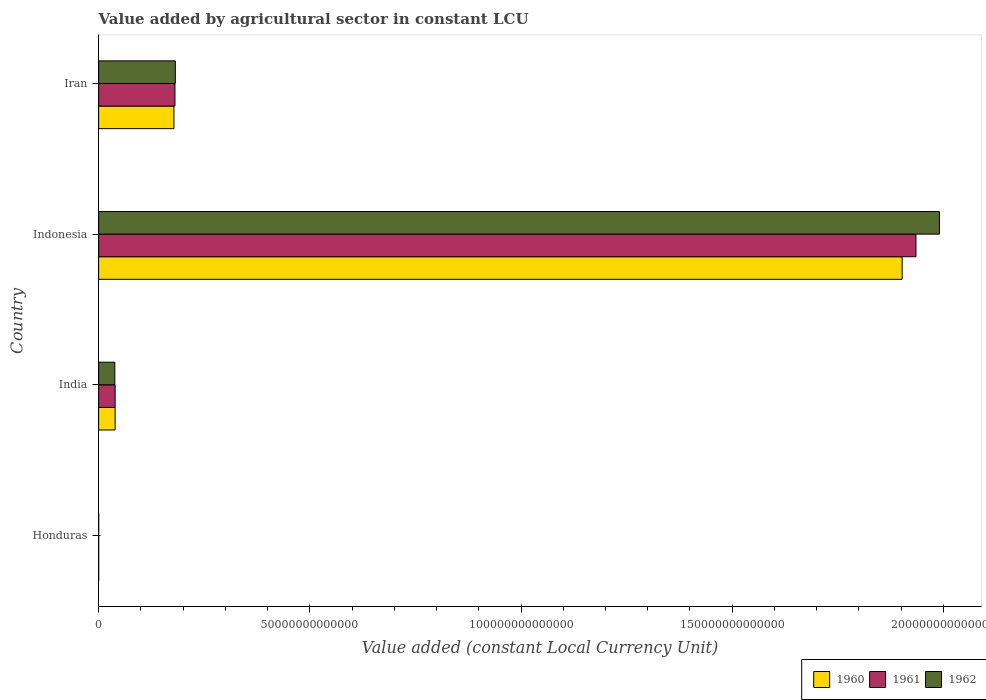
| Country | 1960 | 1961 | 1962 |
 | --- | --- | --- | --- |
 | Honduras | 4.44e+09 | 4.73e+09 | 4.96e+09 |
 | India | 3.9e+12 | 3.91e+12 | 3.83e+12 |
 | Indonesia | 1.9e+14 | 1.94e+14 | 1.99e+14 |
 | Iran | 1.78e+13 | 1.81e+13 | 1.82e+13 |